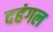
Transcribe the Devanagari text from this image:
दहंगल